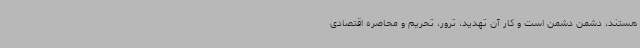
هستند، دشمن دشمن است و کار آن تهدید، ترور، تحریم و محاصره اقتصادی